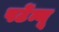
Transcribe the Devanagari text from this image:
पर्टेन्यू